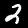
Label: 2